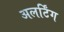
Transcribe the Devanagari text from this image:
अलर्टिंग